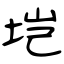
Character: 垲